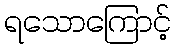
ရသောကြောင့်